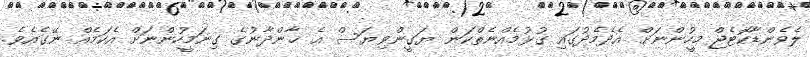
ލެވެންޑާކޮޓެޖް މީހުންނަށް އެދެމެދުގައި ގުޅުމެއްނެތްކަން ޔަގީންވިޔަސް އެ ޚާންދާނުގެ ގިނަމީހުންނަށް އެކަމެއް ނޭގެއެވެ.